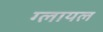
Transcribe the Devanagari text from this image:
ग्लायल